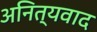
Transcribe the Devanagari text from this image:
अनित्यवाद